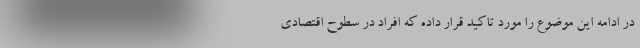
در ادامه این موضوع را مورد تاکید قرار داده که افراد در سطوح اقتصادی